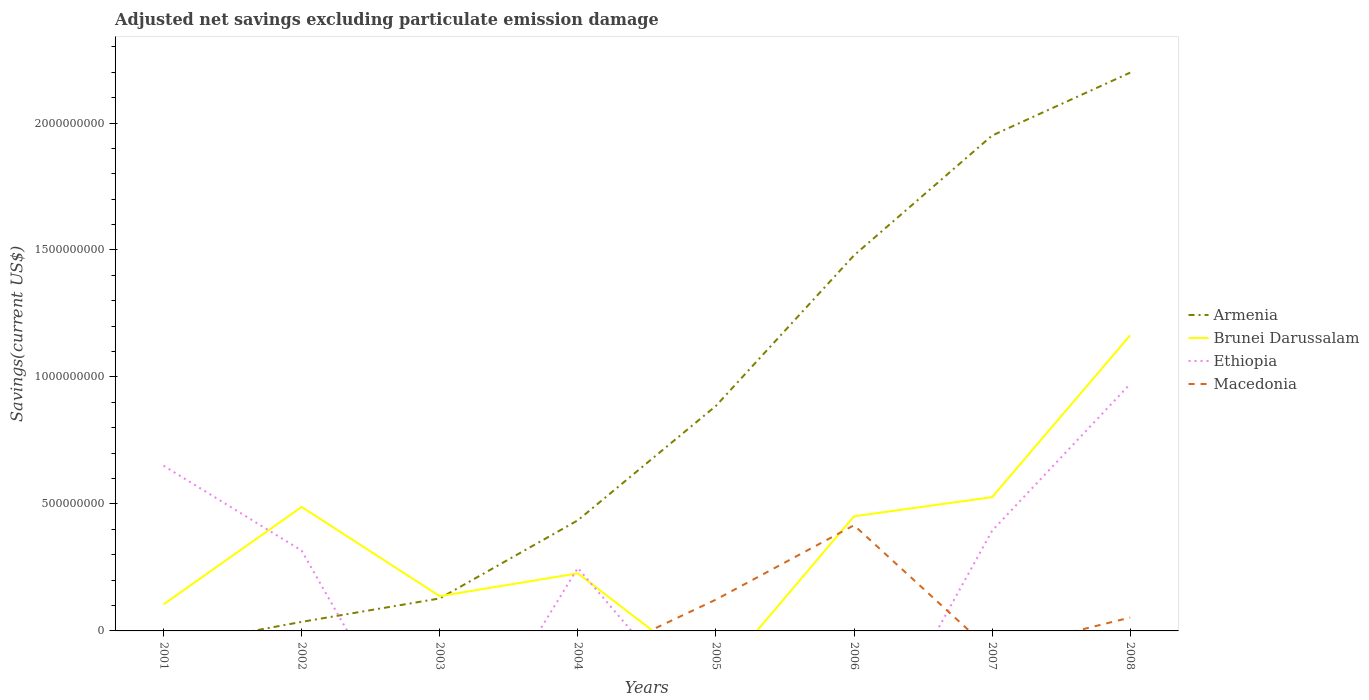
| Years | Armenia | Brunei Darussalam | Ethiopia | Macedonia |
 | --- | --- | --- | --- | --- |
 | 2001 | -6.55e+07 | 1.05e+08 | 6.51e+08 | -9.92e+07 |
 | 2002 | 3.57e+07 | 4.88e+08 | 3.16e+08 | -9.17e+07 |
 | 2003 | 1.28e+08 | 1.37e+08 | -6.4e+08 | -3.06e+07 |
 | 2004 | 4.36e+08 | 2.27e+08 | 2.48e+08 | -1.33e+08 |
 | 2005 | 8.86e+08 | -1.9e+08 | -3.9e+08 | 1.23e+08 |
 | 2006 | 1.48e+09 | 4.51e+08 | -5.92e+08 | 4.16e+08 |
 | 2007 | 1.95e+09 | 5.27e+08 | 3.94e+08 | -8.17e+07 |
 | 2008 | 2.2e+09 | 1.16e+09 | 9.73e+08 | 5.27e+07 |